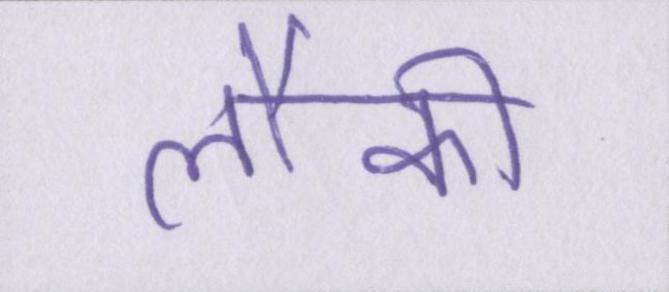
लौकी